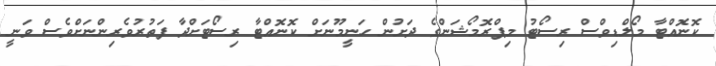
ކޮނޮއްޓާ މޯލްޑިވްސް ރިސޯޓު މިޕްރޮމޯޝަންގެ ދަށުން ހަނީމޫނަށް ކޮނޮއްޓާ ރިސޯޓަށްދާ ފަތުރުވެރިންނަށްވެސް ވަނީ